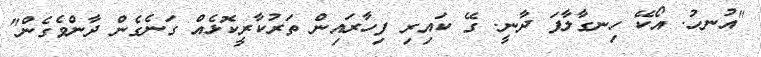
"އުނހު. އޯކޭ ހިނގާލާފަ ދާނީ. ގޭ ކައިރި ފިހާރައިން ތަރުކާރީކޮޅެއް ގަނެގެން ދާންވެގެން"